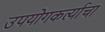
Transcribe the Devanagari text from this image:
उपयोगकर्त्याचा